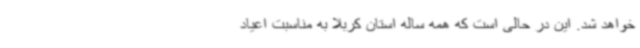
خواهد شد. این در حالی است که همه ساله استان کربلا به مناسبت اعیاد